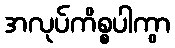
အလုပ်ကိစ္စပါကွာ